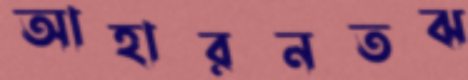
আহারনতঝ